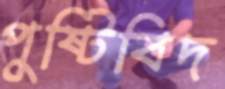
পুষ্টিবিদ